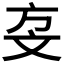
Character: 𣁅